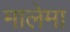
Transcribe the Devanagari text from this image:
मालेमा